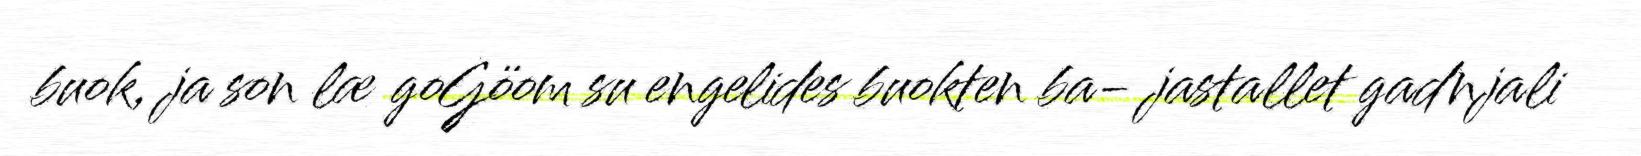
buok, ja son læ goGöom su engelides buokten ba- jastallet gadnjali